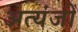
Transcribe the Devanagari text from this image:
अत्यंजों